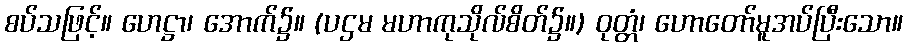
စပ်သဖြင့်။ ဟေဋ္ဌာ၊ အောက်၌။ (ပဌမ မဟာကုသိုလ်စိတ်၌။) ဝုတ္တံ၊ ဟောတော်မူအပ်ပြီးသော။